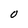
Character: 0